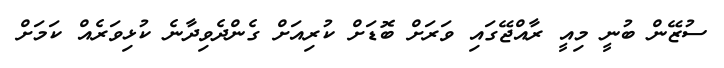
ސުޒޭން ބުނީ މިއީ ރާއްޖޭގައި ވަރަށް ބޮޑަށް ކުރިއަށް ގެންދެވިދާނެ ކުޅިވަރެއް ކަމަށް